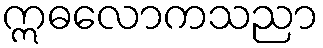
ဣဓလောကသညာ